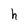
Character: h